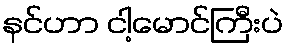
နင်ဟာ ငါ့မောင်ကြီးပဲ